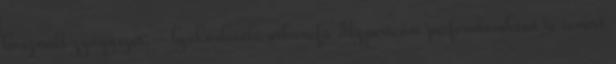
használt gyógyszer; - lyukaslevelű orbáncfű Hypericum perforatumként is ismert